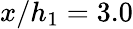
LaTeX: x/h_{1}=3.0